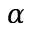
\alpha